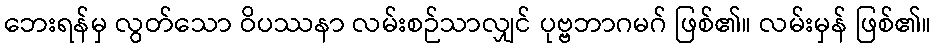
ဘေးရန်မှ လွတ်သော ဝိပဿနာ လမ်းစဉ်သာလျှင် ပုဗ္ဗဘာဂမဂ် ဖြစ်၏။ လမ်းမှန် ဖြစ်၏။